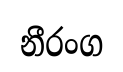
නීරංග